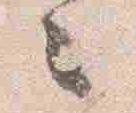
々